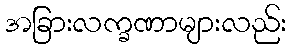
အခြားလက္ခဏာများလည်း